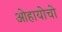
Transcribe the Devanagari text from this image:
ओहायोचो